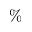
\%